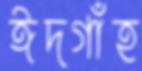
ঈদগাঁহ